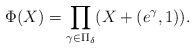
LaTeX: \begin{align*}\Phi(X)=\prod_{\gamma\in\Pi_{\delta}}(X+(e^{\gamma},1)).\end{align*}